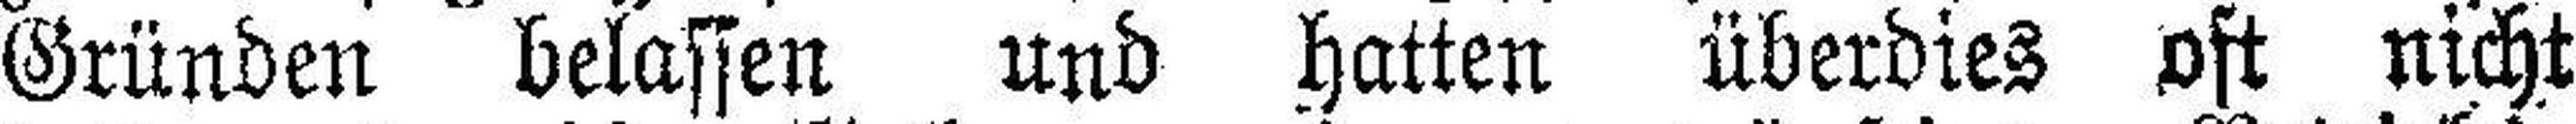
Gründen belassen und hatten überdies oft nicht